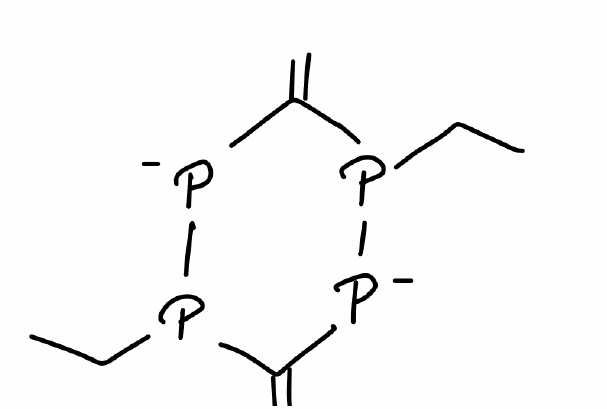
Simplified molecular-input line-entry system (SMILES) notation of the given molecule:
CCP1C(=C)[P-]P(C(=C)[P-]1)CC